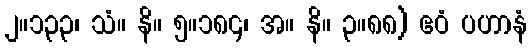
၂။၁၃၃၊ သံ။ နိ။ ၅။၁၈၄၊ အ။ နိ။ ၃။၈၈) ဧဝံ ပဟာနံ